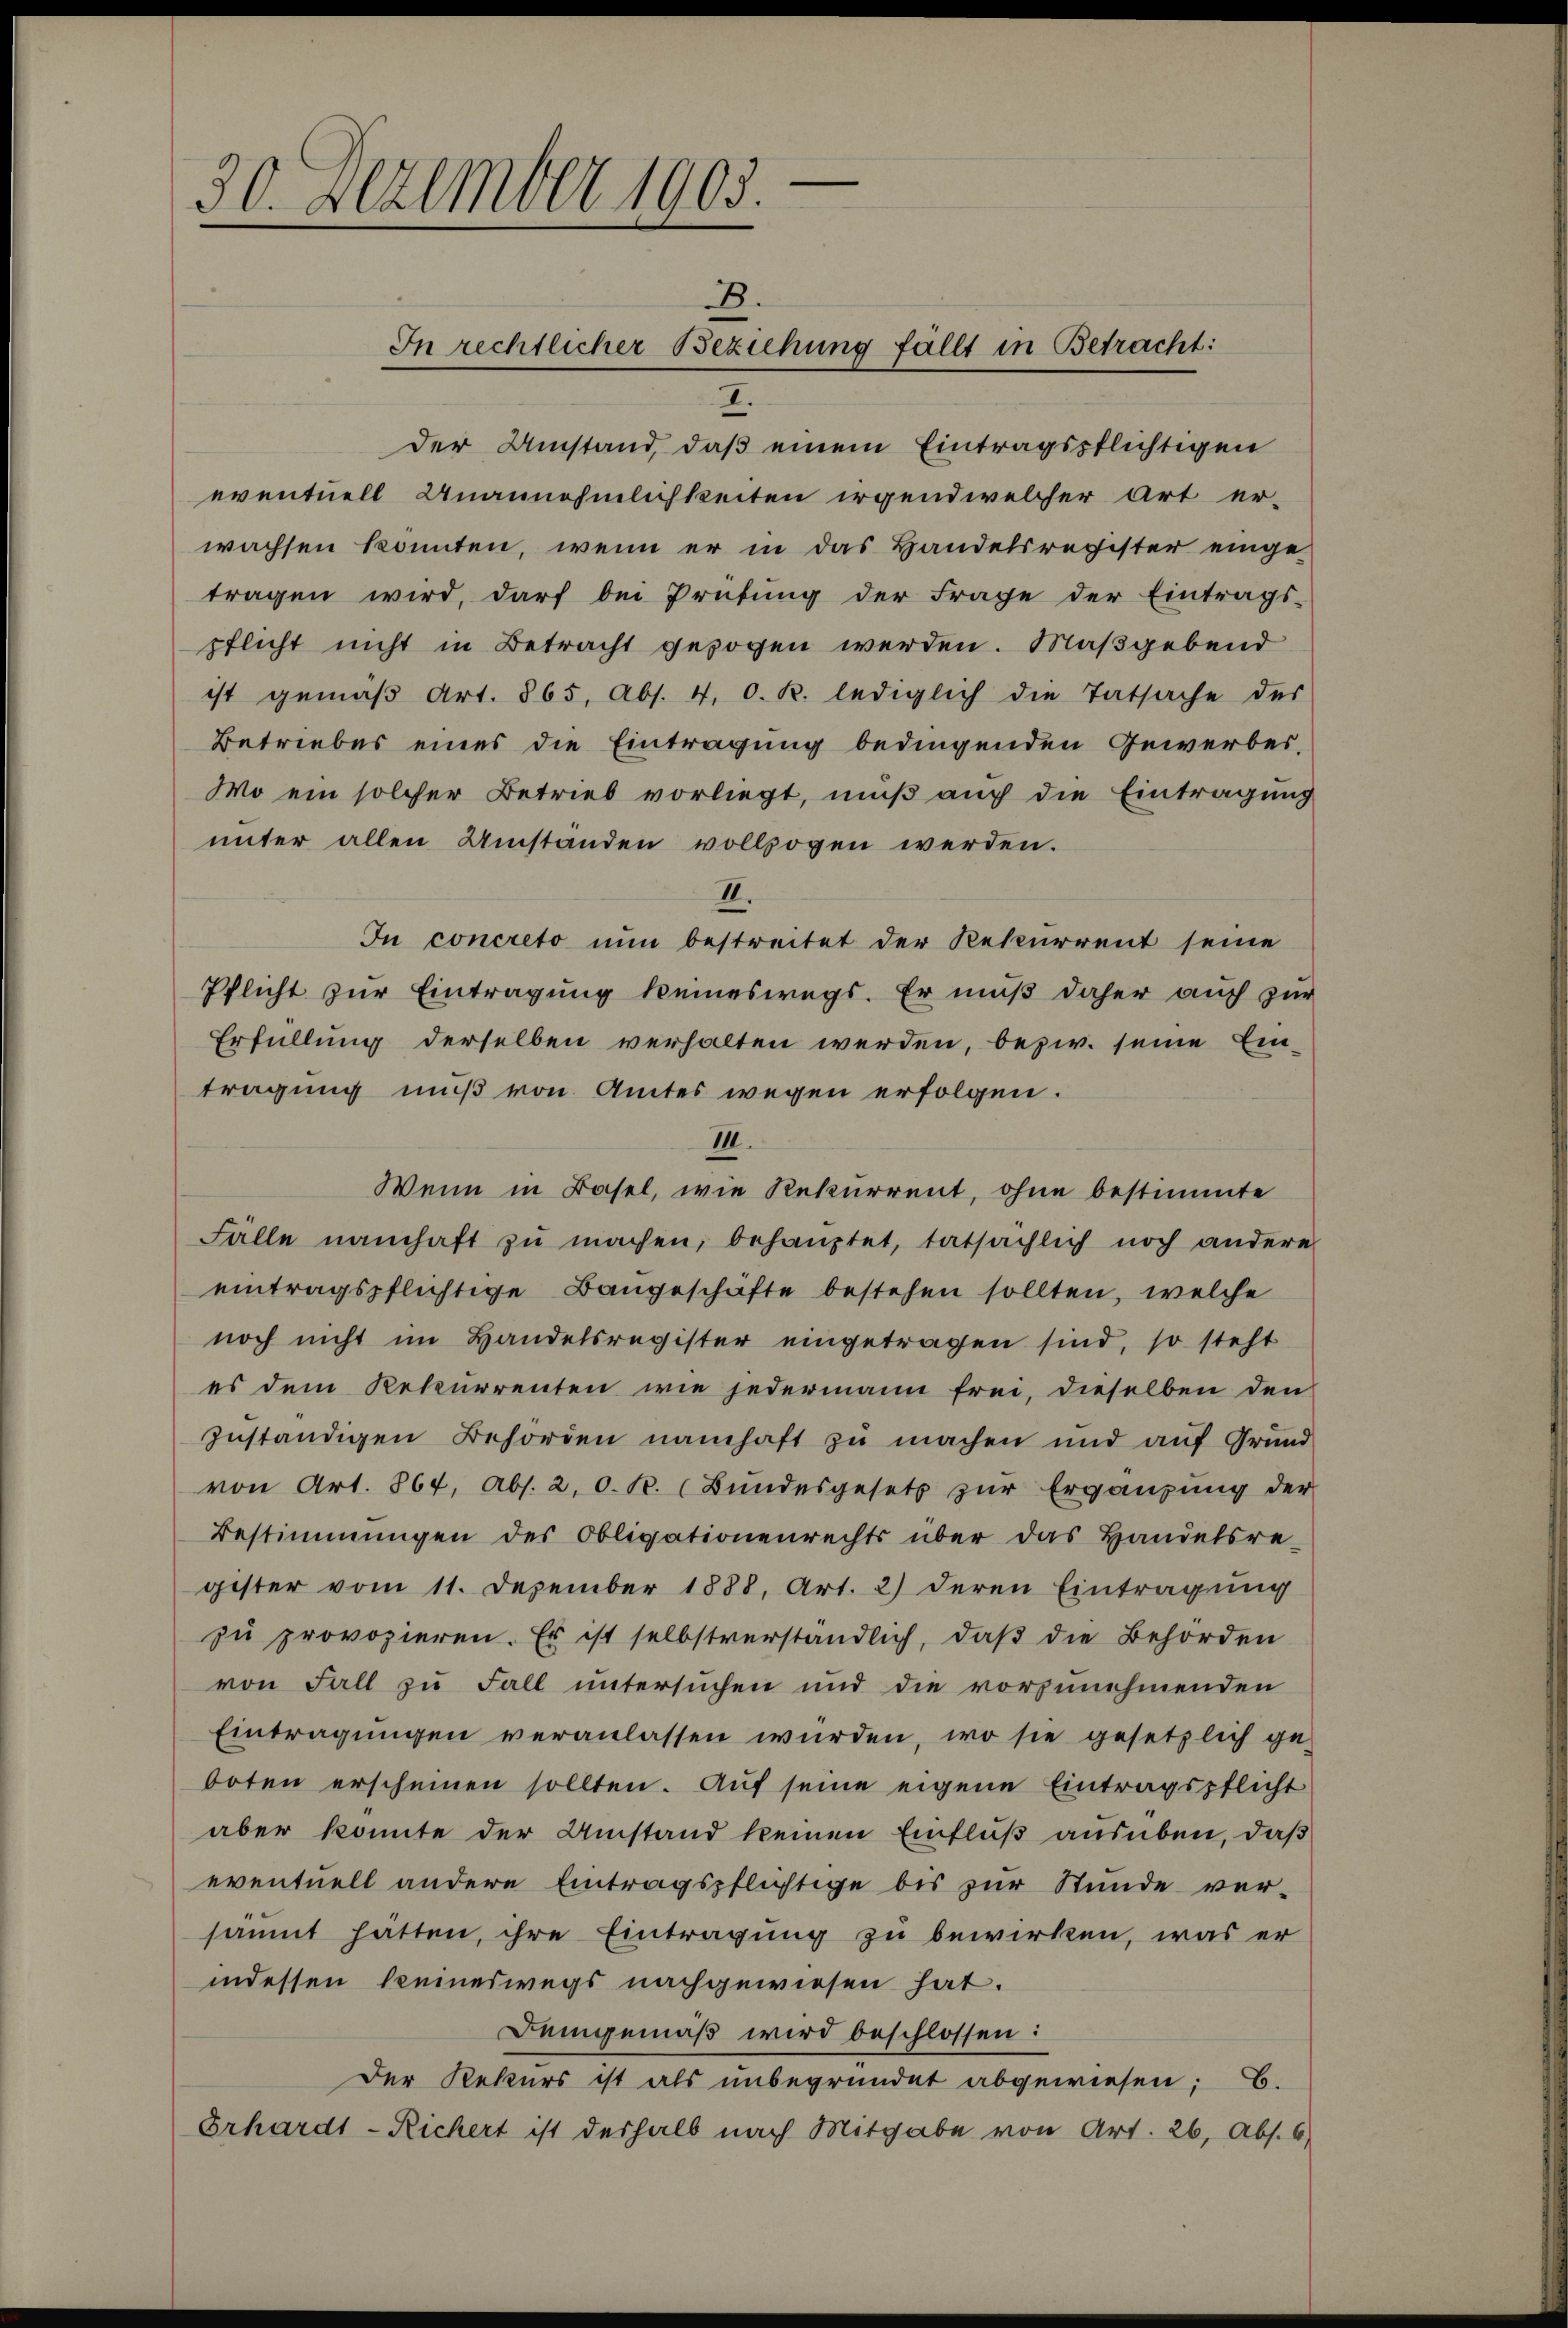
30. Dezember 1903.

.
In rechtlicher Beziehung fällt in Betracht:
I.

der Umstand, daß einem Eintragspflichtigen
eventuell Unannehmlichkeiten irgendwelcher Art er-
wachsen konnten, wenn er in das Handelsregister eingetragen wird, darf bei Prüfung der Frage der Eintrags-
pflicht nicht in Betracht gezogen werden. Maßgebend
ist gemäβ Art. 865, Abs. 4. O. R. lediglich die Tatsache des
Betriebes eines die Eintragung bedingenden Gewerbes¬
Wo ein solcher Betrieb vorliegt, muß auch die Eintragung
unter allen Umständen vollzogen werden.
II.
In concreto nun bestreitet der Rekurrent seine
Pflicht zur Eintragung keineswegs. Er muß daher auch zur
Erfüllung derselben verhalten werden, bezw. seine Ein-
tragung muß von Amtes wegen erfolgen.
II.
Wenn in Basel, wie Rekurrent, ohne bestimmte
Fälle namhaft zŭ machen, behauptet, tatsächlich noch andere
eintragspflichtige Baugeschäfte bestehen sollten, welche
noch nicht im Handelsregister eingetragen sind, so steht
es dem Rekurrenten wie jedermann frei, dieselben den
zuständigen Behörden namhaft zu machen und auf Grund
von Art. 867, Abs. 2. 0. K. Bŭndesgesetz zŭr Ergänzŭng der
Bestimmungen des Obligationenrechts über das Handelsre-
gister vom 11. Dezember 1888, Art. 2) deren Eintragung
zu provozieren. Es ist selbstverständlich, daβ die Behörden
von Fall zu Fall untersuchen und die vorzunehmenden
Eintragŭngen veranlassen würden, wo sie gesetzlich ge-
boten erscheinen sollten. Auf seine eigene Eintragspflicht
aber konnte der Umstand keinen Einfluß ausüben, daß
eventuell andere Eintragspflichtige bis zur Stunde ver-
säumt hätten, ihre Eintragung zu bewirken, was er
indessen keineswegs nachgewiesen hat.
Demgemäß wird beschlossen:
Der Rekurs ist als unbegründet abgewiesen; B.
Erhardt-Richert ist deshalb nach Mitgabe von Art. 26, Abs. 6)